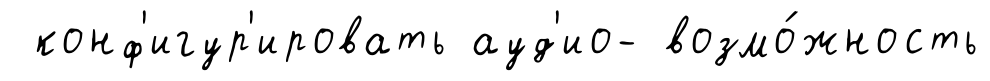
конф'игур'ировать ауд'ио- возмо́жность